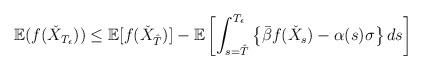
LaTeX: \begin{align*}\mathbb{E}(f(\check{X}_{T_\epsilon}))\le \mathbb{E}[f(\check{X}_{\hat T})]-\mathbb{E}\left[\int_{s=\hat T}^{T_\epsilon} \left\{\bar\beta f(\check{X}_s) -\alpha(s)\sigma \right\}ds\right] \end{align*}